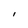
Character: l